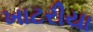
ખાટરીયા